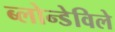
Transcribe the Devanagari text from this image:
ब्लोन्डेविले